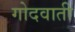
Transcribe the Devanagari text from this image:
गोदवाती